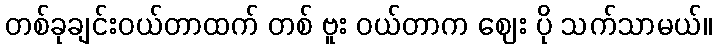
တစ်ခုချင်းဝယ်တာထက် တစ် ဗူး ဝယ်တာက ဈေး ပို သက်သာမယ်။